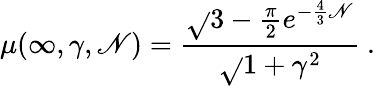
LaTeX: \mu(\infty,\gamma,\mathscr{N})=\frac{{\sqrt{}{{3}}-\frac{{\pi}}{{2}}e^{-\frac{{4}}{{3}}\mathscr{N}}}}{{\sqrt{}{{1+\gamma^{2}}}}}\ .